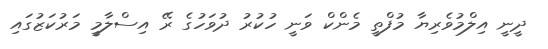
ދީނީ އިލްމުވެރިޔާ މުފްތީ މެންކް ވަނީ ހުކުރު ދުވަހުގެ ރޭ އިސްލާމީ މަރުކަޒުގައި